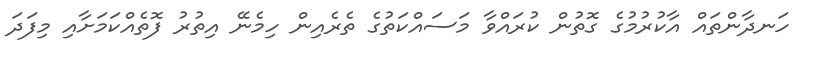
ހަނދާންތައް އާކުރުމުގެ ގޮތުން ކުރައްވާ މަސައްކަތުގެ ތެރެއިން ހިމެނޭ އިތުރު ފޮތެއްކަމަށާއި މިފަދަ